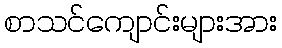
စာသင်ကျောင်းများအား